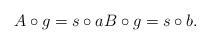
LaTeX: \begin{align*}A\circ g= s\circ a B\circ g=s \circ b.\end{align*}